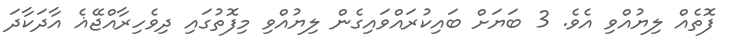
ފޮތެއް ލިޔުއްވި އެވެ. 3 ބަޔަށް ބައިކުރައްވައިގެން ލިޔުއްވި މިފޮތުގައި ދިވެހިރާއްޖޭޣެ އާދަކާދަ